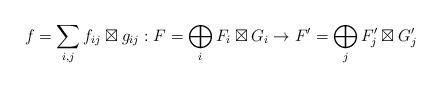
LaTeX: \begin{align*}f=\sum_{i,j}f_{ij}\boxtimes g_{ij}: F=\bigoplus_i F_i\boxtimes G_i\to F'=\bigoplus_j F'_j\boxtimes G'_j\end{align*}